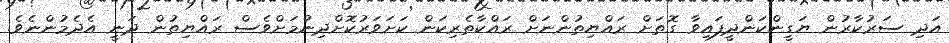
އަދި ސަރުކާރުން ޔަގީންކަންދީފައިވާ ގޮތަށް ރައްޔިތުންނަށް ރައްކާތެރިކަން ކަށަވަރުކޮށްދިނުމަށްވެސް ރައްޔިތުން ދަނީ އެދެމުންނެވެ.